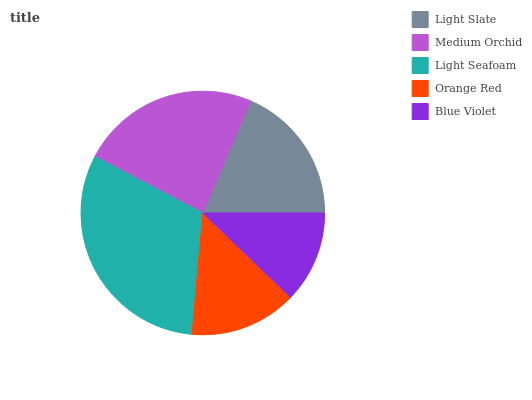
| Light Slate | Medium Orchid | Light Seafoam | Orange Red | Blue Violet |
 | --- | --- | --- | --- | --- |
 | 18.6% | 23.7% | 31.2% | 14.2% | 12.2% |